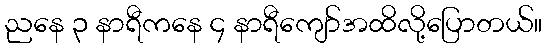
ညနေ ၃ နာရီကနေ ၄ နာရီကျော်အထိလို့ပြောတယ်။